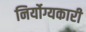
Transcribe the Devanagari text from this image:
निर्योग्यकारी